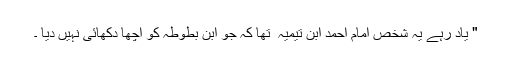
" یاد رہے یہ شخص امام احمد ابن تیمیہ ؒ تھا کہ جو ابن بطوطہ کو اچھا دکھائی نہیں دیا ۔